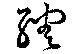
綢